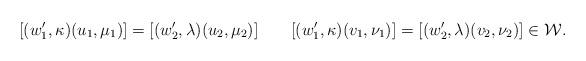
LaTeX: \begin{align*} [(w_1', \kappa)(u_1,\mu_1)] = [(w_2', \lambda)(u_2,\mu_2)] \qquad [(w_1', \kappa)(v_1,\nu_1)] = [(w_2', \lambda)(v_2,\nu_2)] \in \mathcal{W}. \end{align*}